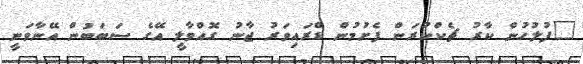
"ފުލުހުން ކާރު ޗެކްކުރަން ފެށުމުން ޑްރައިވަރު ޖާނު ގޮއްވާލީ އޭގެ ސަބަބުން އޭނާވަނީ